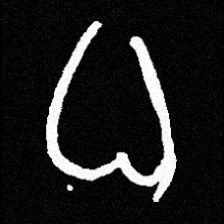
Pyu character \u2014 Myanmar letter: ဓ (romanized: dha)